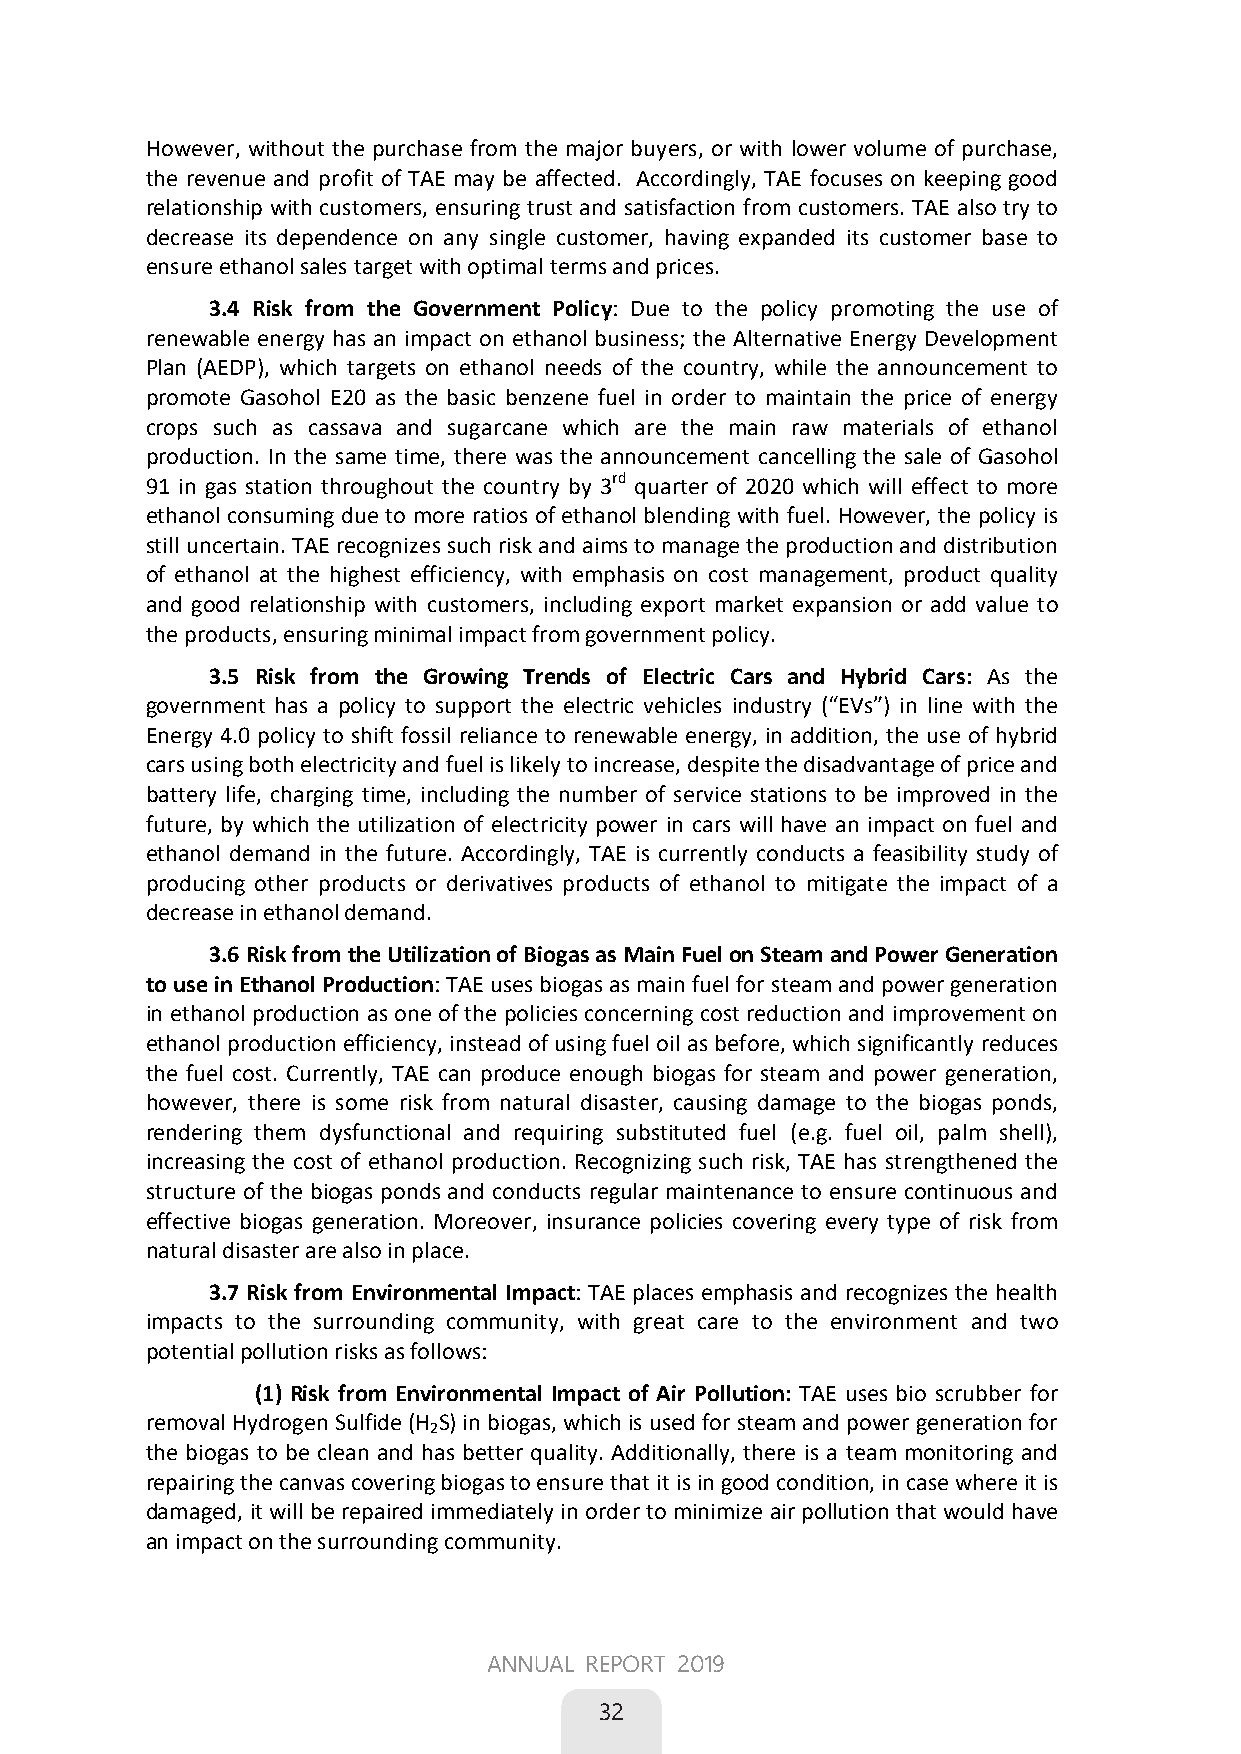
However, without the purchase from the major buyers, or with lower volume of purchase,
 the revenue and profit of TAE may be affected. Accordingly, TAE focuses on keeping good
 relationship with customers, ensuring trust and satisfaction from customers. TAE also try to
 decrease its dependence on any single customer, having expanded its customer base to
 ensure ethanol sales target with optimal terms and prices.
 3.4 Risk from the Government Policy: Due to the policy promoting the use of
 renewable energy has an impact on ethanol business; the Alternative Energy Development
 Plan (AEDP), which targets on ethanol needs of the country, while the announcement to
 promote Gasohol E20 as the basic benzene fuel in order to maintain the price of energy
 crops such as cassava and sugarcane which are the main raw materials of ethanol
 production. In the same time, there was the announcement cancelling the sale of Gasohol
 91 in gas station throughout the country by 3rd quarter of 2020 which will effect to more
 ethanol consuming due to more ratios of ethanol blending with fuel. However, the policy is
 still uncertain. TAE recognizes such risk and aims to manage the production and distribution
 of ethanol at the highest efficiency, with emphasis on cost management, product quality
 and good relationship with customers, including export market expansion or add value to
 the products, ensuring minimal impact from government policy.
 3.5 Risk from the Growing Trends of Electric Cars and Hybrid Cars: As the
 government has a policy to support the electric vehicles industry (“EVs”) in line with the
 Energy 4.0 policy to shift fossil reliance to renewable energy, in addition, the use of hybrid
 cars using both electricity and fuel is likely to increase, despite the disadvantage of price and
 battery life, charging time, including the number of service stations to be improved in the
 future, by which the utilization of electricity power in cars will have an impact on fuel and
 ethanol demand in the future. Accordingly, TAE is currently conducts a feasibility study of
 producing other products or derivatives products of ethanol to mitigate the impact of a
 decrease in ethanol demand.
 3.6 Risk from the Utilization of Biogas as Main Fuel on Steam and Power Generation
 to use in Ethanol Production: TAE uses biogas as main fuel for steam and power generation
 in ethanol production as one of the policies concerning cost reduction and improvement on
 ethanol production efficiency, instead of using fuel oil as before, which significantly reduces
 the fuel cost. Currently, TAE can produce enough biogas for steam and power generation,
 however, there is some risk from natural disaster, causing damage to the biogas ponds,
 rendering them dysfunctional and requiring substituted fuel (e.g. fuel oil, palm shell),
 increasing the cost of ethanol production. Recognizing such risk, TAE has strengthened the
 structure of the biogas ponds and conducts regular maintenance to ensure continuous and
 effective biogas generation. Moreover, insurance policies covering every type of risk from
 natural disaster are also in place.
 3.7 Risk from Environmental Impact: TAE places emphasis and recognizes the health
 impacts to the surrounding community, with great care to the environment and two
 potential pollution risks as follows:
 (1) Risk from Environmental Impact of Air Pollution: TAE uses bio scrubber for
 removal Hydrogen Sulfide (H S) in biogas, which is used for steam and power generation for
 2
 the biogas to be clean and has better quality. Additionally, there is a team monitoring and
 repairing the canvas covering biogas to ensure that it is in good condition, in case where it is
 damaged, it will be repaired immediately in order to minimize air pollution that would have
 an impact on the surrounding community.
 24
 ANNUAL REPORT 2019
 32